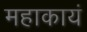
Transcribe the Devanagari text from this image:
महाकायं